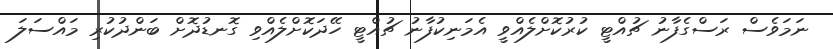
ނަމަވެސް ރަސްގެފާނު ޗުއްޓީ ކުރުކޮށްލެއްވީ އެމަނިކުފާނު ޗުއްޓީ ހޭދަކޮށްލެއްވި ގޮނޑުދޮށް ބަންދުކުރި މައްސަލަ